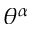
\theta ^ { \alpha }